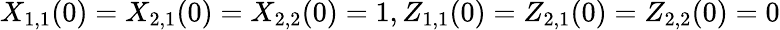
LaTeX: X_{1,1}(0)=X_{2,1}(0)=X_{2,2}(0)=1,Z_{1,1}(0)=Z_{2,1}(0)=Z_{2,2}(0)=0